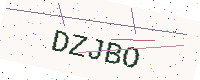
Text: DZJBO